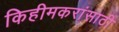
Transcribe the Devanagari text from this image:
किहीमकरांसाठी